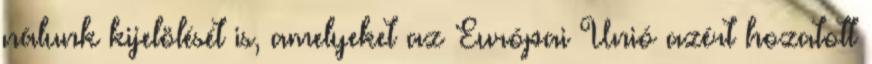
nálunk kijelölését is, amelyeket az Európai Unió azért hozatott